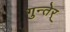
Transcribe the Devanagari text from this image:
गुन्तेर्